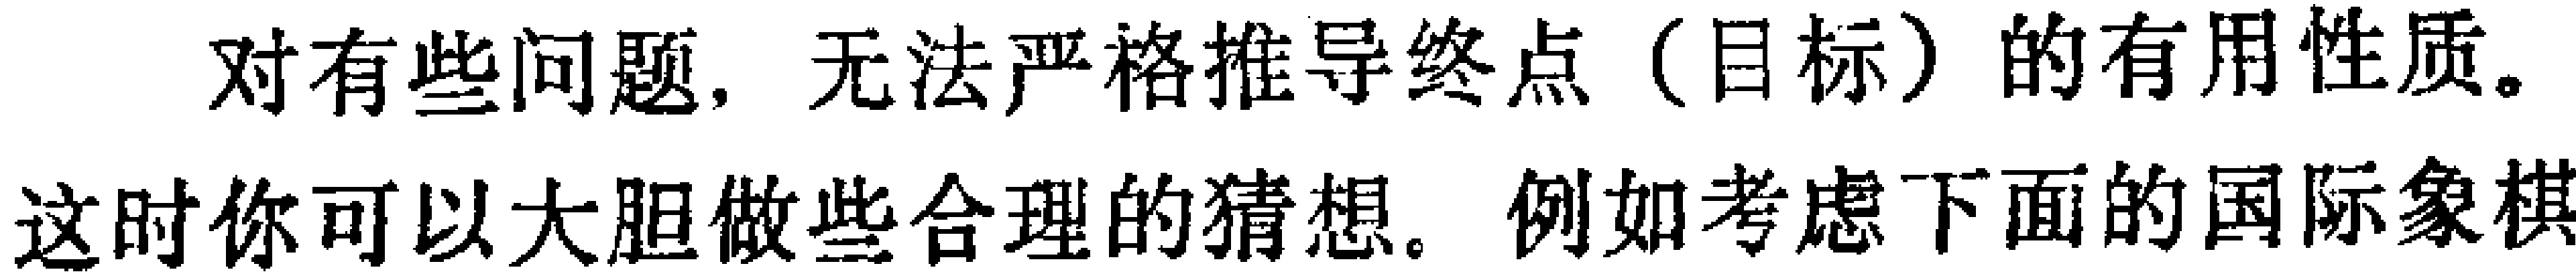
对有些问题, 无法严格推导终点（目标）的有用性质。这时你可以大胆做些合理的猜想。例如考虑下面的国际象棋